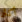
أكثر